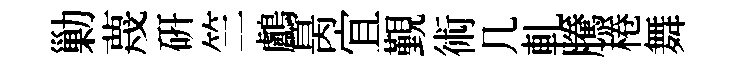
勦蔑硏竺鸕昺宜覲術几軋騰棬舞